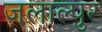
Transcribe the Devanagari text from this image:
जलाल्पुर